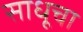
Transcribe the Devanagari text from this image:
साधूचा